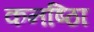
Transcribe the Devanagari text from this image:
कनष्ठाि